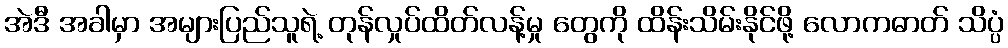
အဲဒီ အခါမှာ အများပြည်သူရဲ့ တုန်လှုပ်ထိတ်လန့်မှု တွေကို ထိန်းသိမ်းနိုင်ဖို့ လောကဓာတ် သိပ္ပံ